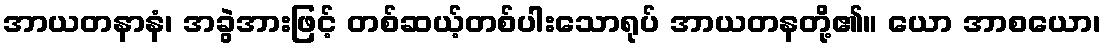
အာယတနာနံ၊ အခွဲအားဖြင့် တစ်ဆယ့်တစ်ပါးသောရုပ် အာယတနတို့၏။ ယော အာစယော၊